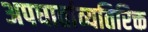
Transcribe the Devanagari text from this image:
अपघातांव्यतिरिक्त